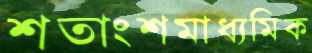
শতাংশমাধ্যমিক